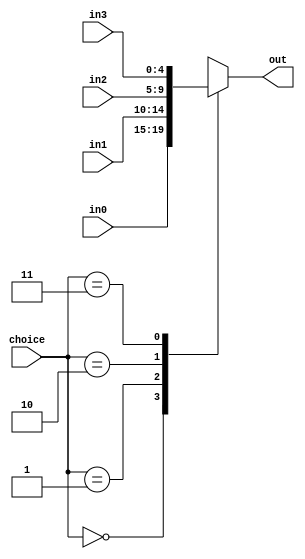
`timescale 1ns / 1ps
//////////////////////////////////////////////////////////////////////////////////
// Company: 
// Engineer: 
// 
// Design Name: 
// Module Name: Multiplexer41_5bits
// Project Name: 
// Target Devices: 
// Tool Versions: 
// Description: 
// 
// Dependencies: 
// 
// Revision:
// Revision 0.01 - File Created
// Additional Comments:
// 
//////////////////////////////////////////////////////////////////////////////////


module Multiplexer41_5bits(
    input [1:0] choice,
    input [4:0] in0, in1, in2, in3,
    output reg [4:0] out
    );
    
    always @(*) begin
        case(choice)
            0: out <= in0;
            1: out <= in1;
            2: out <= in2;
            3: out <= in3;
        endcase
    end
endmodule